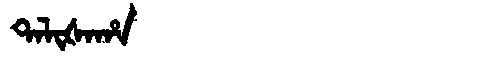
Manchu: ᡨᠠᠯᡳᡧᠠᡥᠠ
Romanization: TALIŠAHA